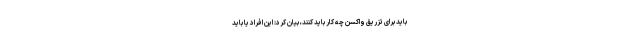
باید برای تزریق واکسن چه کار باید کنند، بیان کرد: این افراد یا باید